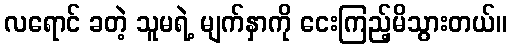
လရောင် ခတဲ့ သူမရဲ့ မျက်နှာကို ငေးကြည့်မိသွားတယ်။